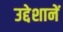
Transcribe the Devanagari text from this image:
उद्देशानें